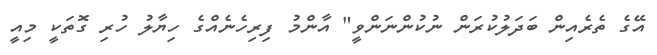
އޭގެ ތެރެއިން ބަދަލުކުރަން ނުކުންނަންވީ" އާންމު ފިރިހެނެއްގެ ހިޔާލު ހުރި ގޮތަކީ މިއީ